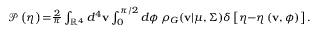
\begin{array} { r } { \mathcal { P } \left( \eta \right) { = } \frac { 2 } { \pi } \int _ { \mathbb { R } ^ { 4 } } d ^ { 4 } \mathbf { v } \int _ { 0 } ^ { \pi / 2 } d \phi \, \rho _ { G } ( \mathbf { v } | \boldsymbol { \mu } , \Sigma ) \delta \left[ \eta { - } \eta \left( \mathbf { v } , \phi \right) \right] . } \end{array}